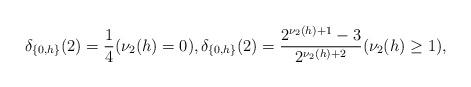
LaTeX: \begin{align*} \delta_{\{0,h\}}(2) = \frac{1}{4} (\nu_2(h) = 0), \delta_{\{0,h\}}(2) = \frac{2^{\nu_2(h) + 1} - 3}{2^{\nu_2(h) + 2}} (\nu_2(h) \ge 1), \end{align*}